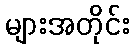
များအတိုင်း